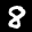
Digit: 8